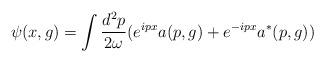
LaTeX: \begin{align*}\psi (x,g)=\int \frac{d^{2}p}{2\omega }(e^{ipx}a(p,g)+e^{-ipx}a^{*}(p,g))\end{align*}